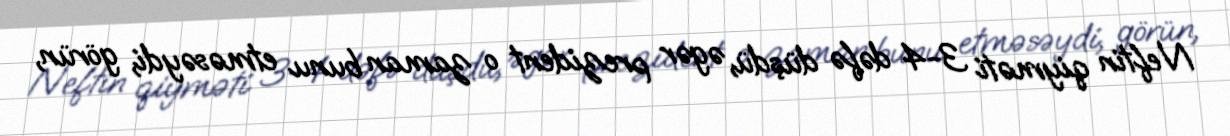
Neftin qiyməti 3-4 dəfə düşdü, əgər prezident o zaman bunu etməsəydi, görün,